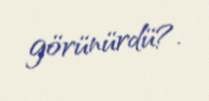
görünürdü?.